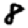
Digit: 8